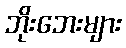
ဘိုးဘေးများ